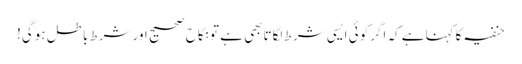
حنفیہ کاکہناہے کہ اگرکوئی ایسی شرط لگاتابھی ہے تونکاح صحیح اورشرط باطل ہوگی!